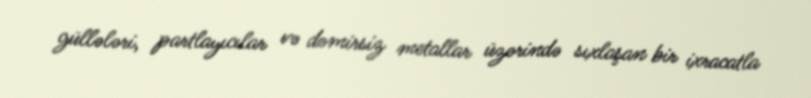
güllələri, partlayıcılar və dəmirsiz metallar üzərində sıxlaşan bir ixracatla